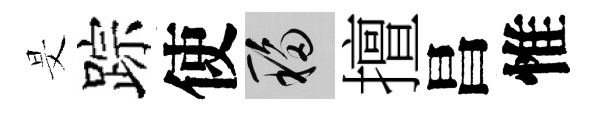
旻踪使移擅昌惟